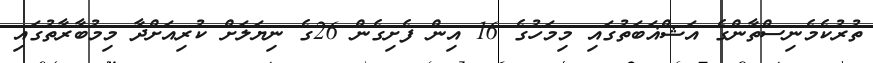
ތުރުކެމެނިސްތާންގެ އަޝްޣަބަތުގައި މިމަހުގެ 16 އިން ފެށިގެން 26ގެ ނިޔަލަށް ކުރިއަށްދާ މިމުބާރާތުގައި